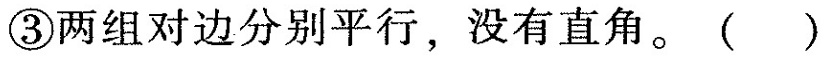
③两组对边分别平行，没有直角。( )